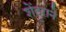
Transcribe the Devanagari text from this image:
शेंदुराने